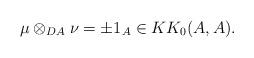
LaTeX: \begin{align*}\mu \otimes _{DA} \nu = \pm 1_{A} \in KK_0(A, A).\end{align*}